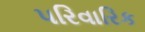
પરિવારિક